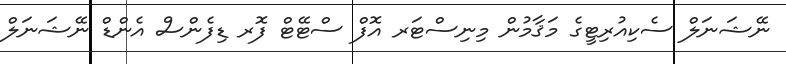
ނޭޝަނަލް ސެކިއުރިޓީގެ މަޤާމުން މިނިސްޓަރ އޮފް ސްޓޭޓް ފޮރ ޑިފެންސް އެންޑް ނޭޝަނަލް